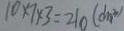
1 0 \times 7 \times 3 = 2 1 0 ( d m ^ { 2 } )